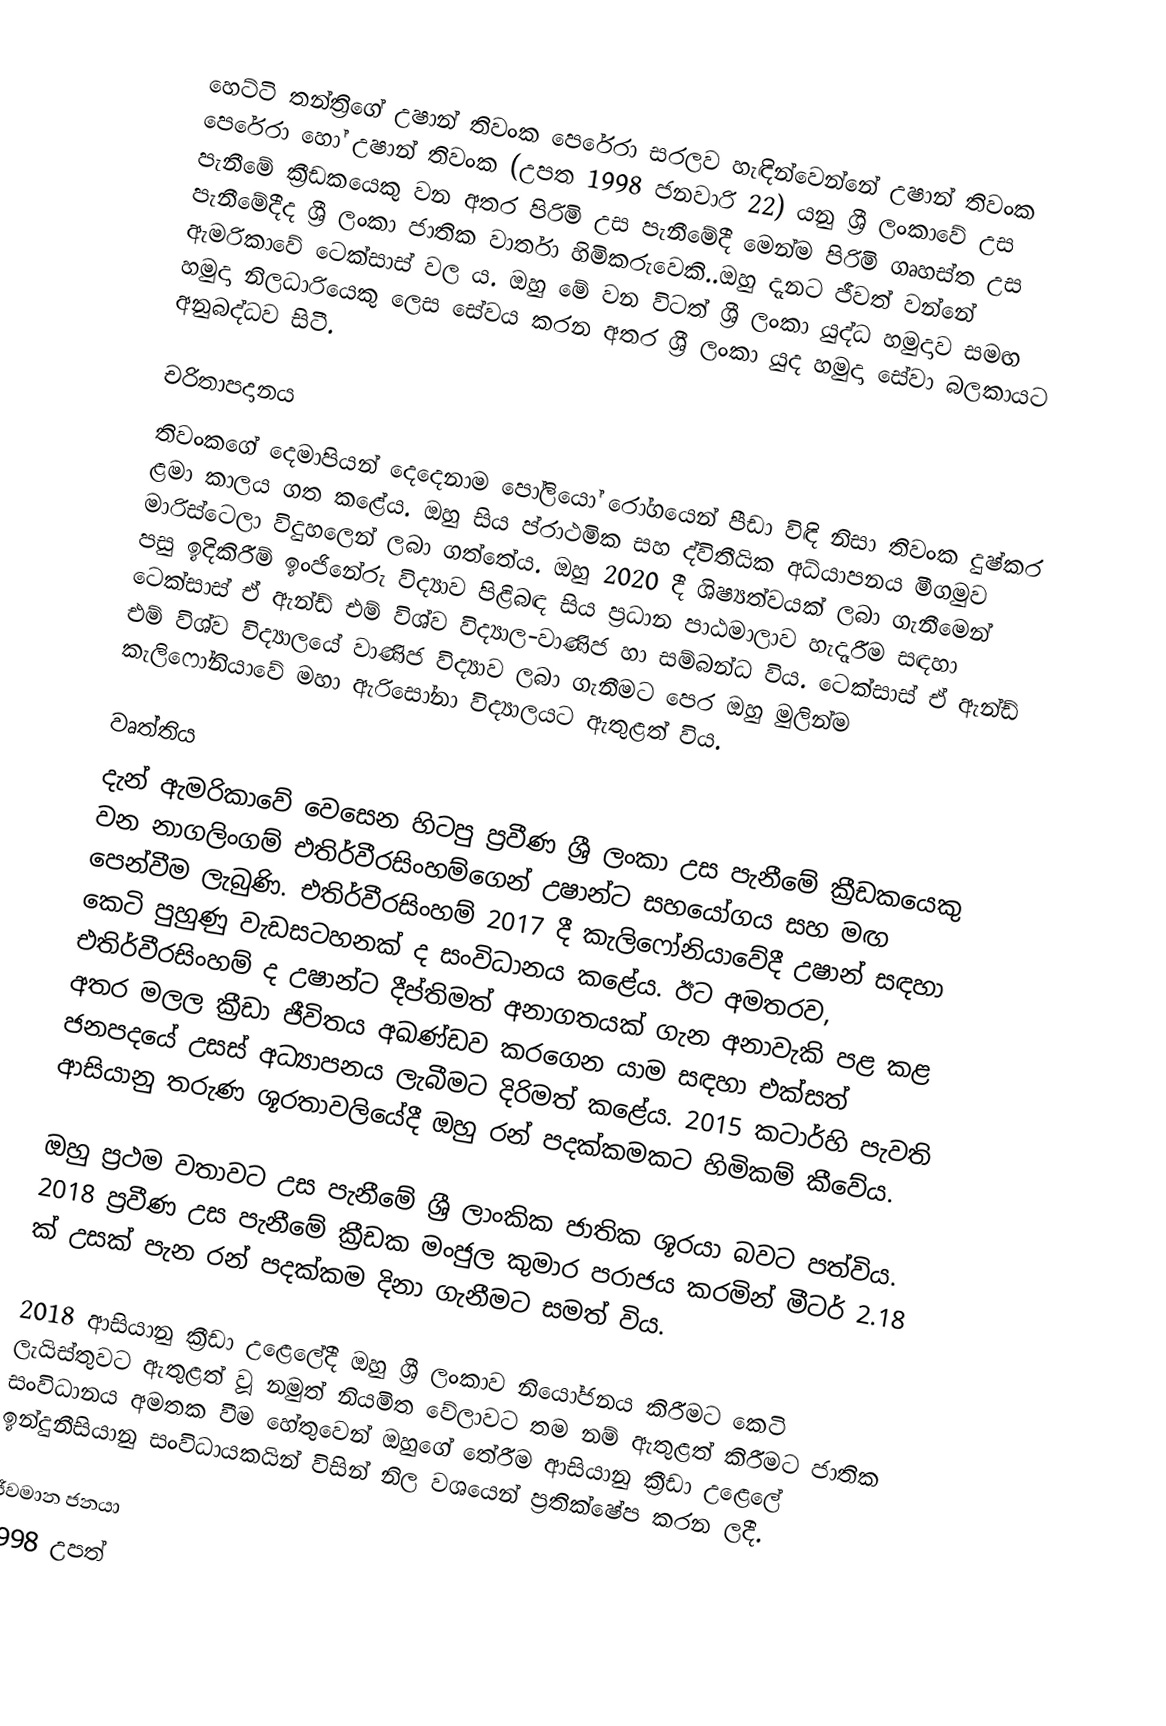
හෙට්ටි තන්ත්‍රිගේ උෂාන් තිවංක පෙරේරා සරලව හැඳින්වෙන්නේ උෂාන් තිවංක පෙරේරා හෝ උෂාන් තිවංක (උපත 1998 ජනවාරි 22) යනු ශ්‍රී ලංකාවේ උස පැනීමේ ක්‍රීඩකයෙකු වන අතර පිරිමි උස පැනීමේදී මෙන්ම පිරිමි ගෘහස්ත උස පැනීමේදීද ශ්‍රී ලංකා ජාතික වාර්තා හිමිකරුවෙකි..ඔහු දැනට ජීවත් වන්නේ ඇමරිකාවේ ටෙක්සාස් වල ය. ඔහු මේ වන විටත් ශ්‍රී ලංකා යුද්ධ හමුදාව සමඟ හමුදා නිලධාරියෙකු ලෙස සේවය කරන අතර ශ්‍රී ලංකා යුද හමුදා සේවා බලකායට අනුබද්ධව සිටී.

චරිතාපදානය
තිවංකගේ දෙමාපියන් දෙදෙනාම පෝලියෝ රෝගයෙන් පීඩා විඳි නිසා තිවංක දුෂ්කර ළමා කාලය ගත කළේය. ඔහු සිය ප්රාථමික සහ ද්විතීයික අධ්යාපනය මීගමුව මාරිස්ටෙලා විදුහලෙන් ලබා ගත්තේය. ඔහු 2020 දී ශිෂ්‍යත්වයක් ලබා ගැනීමෙන් පසු ඉදිකිරීම් ඉංජිනේරු විද්‍යාව පිළිබඳ සිය ප්‍රධාන පාඨමාලාව හැදෑරීම සඳහා ටෙක්සාස් ඒ ඇන්ඩ් එම් විශ්ව විද්‍යාල-වාණිජ හා සම්බන්ධ විය. ටෙක්සාස් ඒ ඇන්ඩ් එම් විශ්ව විද්‍යාලයේ වාණිජ විද්‍යාව ලබා ගැනීමට පෙර ඔහු මුලින්ම කැලිෆෝනියාවේ මහා ඇරිසෝනා විද්‍යාලයට ඇතුළත් විය.

වෘත්තිය
දැන් ඇමරිකාවේ වෙසෙන හිටපු ප්‍රවීණ ශ්‍රී ලංකා උස පැනීමේ ක්‍රීඩකයෙකු වන නාගලිංගම් එතිර්වීරසිංහම්ගෙන් උෂාන්ට සහයෝගය සහ මඟ පෙන්වීම ලැබුණි. එතිර්වීරසිංහම් 2017 දී කැලිෆෝනියාවේදී උෂාන් සඳහා කෙටි පුහුණු වැඩසටහනක් ද සංවිධානය කළේය. ඊට අමතරව, එතිර්වීරසිංහම් ද උෂාන්ට දීප්තිමත් අනාගතයක් ගැන අනාවැකි පළ කළ අතර මලල ක්‍රීඩා ජීවිතය අඛණ්ඩව කරගෙන යාම සඳහා එක්සත් ජනපදයේ උසස් අධ්‍යාපනය ලැබීමට දිරිමත් කළේය. 2015 කටාර්හි පැවති ආසියානු තරුණ ශූරතාවලියේදී ඔහු රන් පදක්කමකට හිමිකම් කීවේය.

ඔහු ප්‍රථම වතාවට උස පැනීමේ ශ්‍රී ලාංකික ජාතික ශූරයා බවට පත්විය. 2018 ප්‍රවීණ උස පැනීමේ ක්‍රීඩක මංජුල කුමාර පරාජය කරමින් මීටර් 2.18 ක් උසක් පැන රන් පදක්කම දිනා ගැනීමට සමත් විය.

2018 ආසියානු ක්‍රීඩා උළෙලේදී ඔහු ශ්‍රී ලංකාව නියෝජනය කිරීමට කෙටි ලැයිස්තුවට ඇතුළත් වූ නමුත් නියමිත වේලාවට තම නම් ඇතුළත් කිරීමට ජාතික සංවිධානය අමතක වීම හේතුවෙන් ඔහුගේ තේරීම ආසියානු ක්‍රීඩා උළෙලේ ඉන්දුනීසියානු සංවිධායකයින් විසින් නිල වශයෙන් ප්‍රතික්ෂේප කරන ලදී.

ජීවමාන ජනයා
1998 උපත්